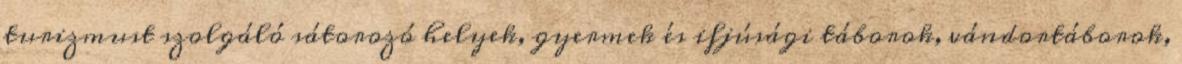
turizmust szolgáló sátorozó helyek, gyermek és ifjúsági táborok, vándortáborok,